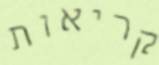
קריאות